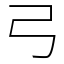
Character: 弓